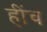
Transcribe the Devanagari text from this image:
हींच